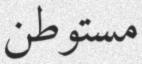
مستوطن